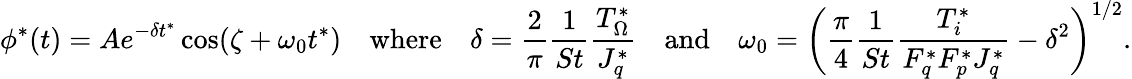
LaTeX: \phi^{*}(t)=Ae^{-\delta t^{*}}\cos(\zeta+\omega_{0}t^{*})\quad\mathrm{where}\quad\delta=\frac{2}{\pi}\frac{1}{St}\frac{T_{\Omega}^{*}}{J_{q}^{*}}\quad\mathrm{and}\quad\omega_{0}=\left(\frac{\pi}{4}\frac{1}{St}\frac{T_{i}^{*}}{F_{q}^{*}F_{p}^{*}J_{q}^{*}}-\delta^{2}\right)^{1/2}.